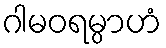
ဂါမဝရမ္ပာဟံ